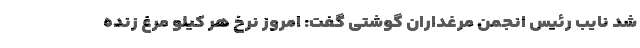
شد نایب رئیس انجمن مرغداران گوشتی گفت: امروز نرخ هر کیلو مرغ زنده